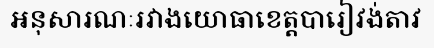
អនុសារណៈរវាងយោធាខេត្តបារៀវង់តាវ